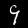
Digit: 9